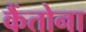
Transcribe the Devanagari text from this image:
कैंतोना